Document type: Grant of rights
Year: 1326
Scribe: Bernat de Vilarúbia
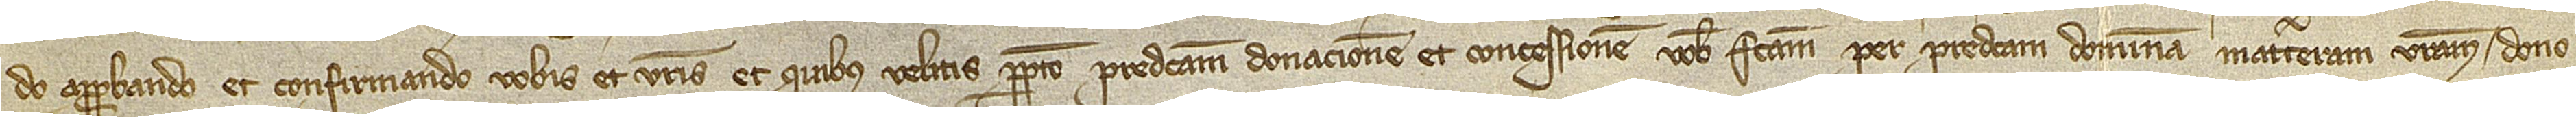
do, approbando et confirmando vobis et vestris et quibus velitis perpetuo predictam donacionem et concessionem vobis factam per predictam dominam materteram vestram, dono,